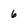
Character: 6